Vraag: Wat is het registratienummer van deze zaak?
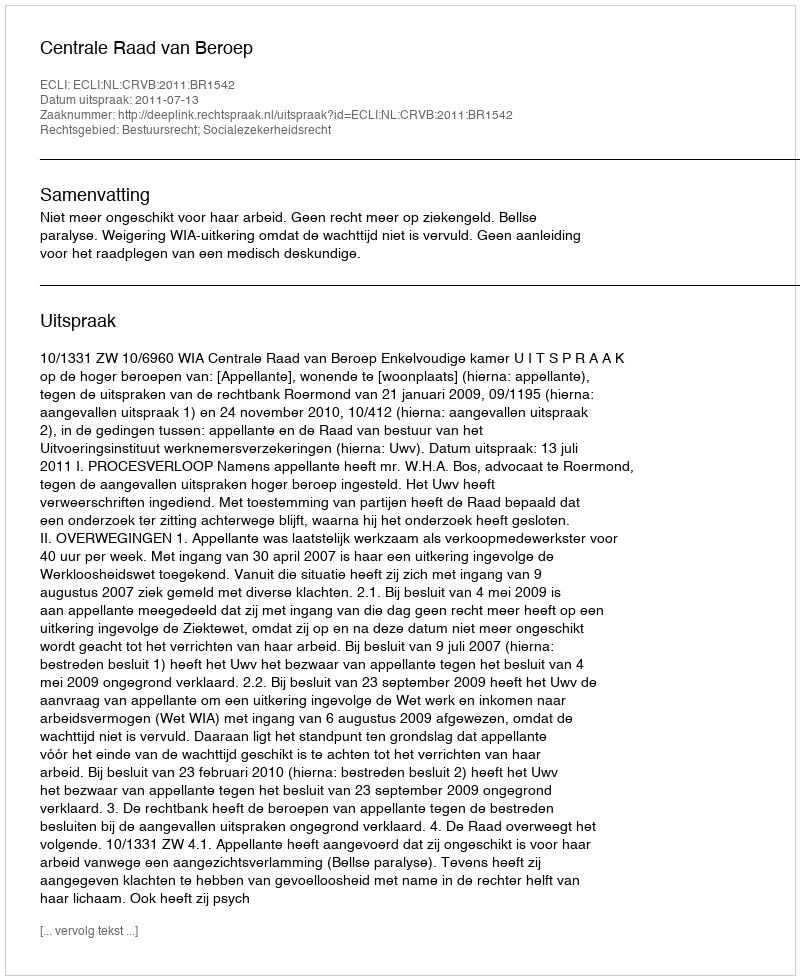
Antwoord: http://deeplink.rechtspraak.nl/uitspraak?id=ECLI:NL:CRVB:2011:BR1542